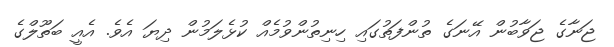
ޖަނާގެ ޖަވާބުން އޭނަގެ ތުންފަތުގައި ހިނިތުންވުމެއް ކުޅެލަމުން ދިޔަ އެވެ. އެއީ ބަތޫލްގެ